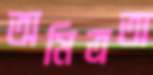
অমিত্রতা